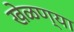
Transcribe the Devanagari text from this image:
खेळण्या